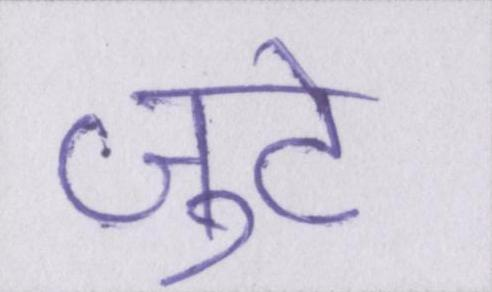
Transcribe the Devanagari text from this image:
जुटे